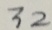
3 2